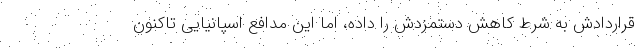
قراردادش به شرط کاهش دستمزدش را داده، اما این مدافع اسپانیایی تاکنون